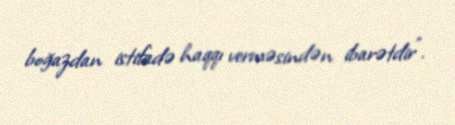
boğazdan istifadə haqqı verməsindən ibarətdir".